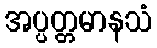
အပ္ပတ္တမာနသံ